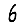
Digit: 6